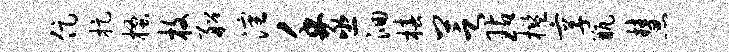
促捉搔枚船沈壬亟洄椿芝玷槛享瓶慧